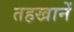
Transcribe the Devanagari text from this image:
तहखानें